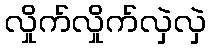
လှိုက်လှိုက်လှဲလှဲ